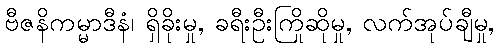
ဗီဇနိကမ္မာဒီနံ၊ ရှိခိုးမှု, ခရီးဦးကြိုဆိုမှု, လက်အုပ်ချီမှု,